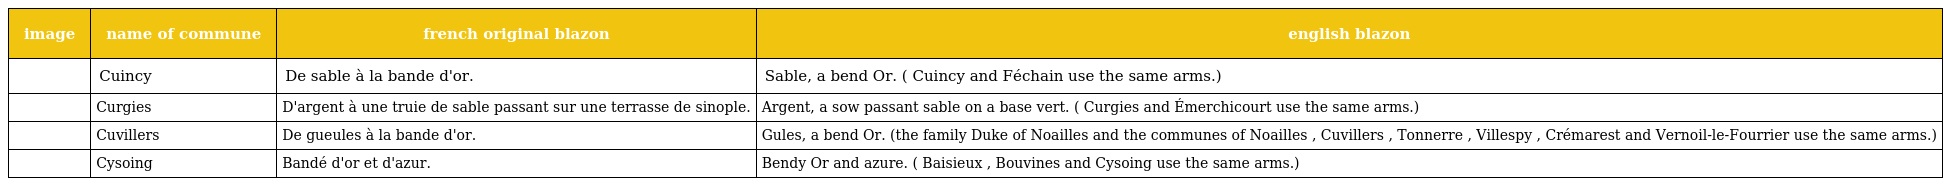
| image | name of commune | french original blazon | english blazon |
 | --- | --- | --- | --- |
 |  | Cuincy | De sable à la bande d'or. | Sable, a bend Or. ( Cuincy and Féchain use the same arms.) |
 |  | Curgies | D'argent à une truie de sable passant sur une terrasse de sinople. | Argent, a sow passant sable on a base vert. ( Curgies and Émerchicourt use the same arms.) |
 |  | Cuvillers | De gueules à la bande d'or. | Gules, a bend Or. (the family Duke of Noailles and the communes of Noailles , Cuvillers , Tonnerre , Villespy , Crémarest and Vernoil-le-Fourrier use the same arms.) |
 |  | Cysoing | Bandé d'or et d'azur. | Bendy Or and azure. ( Baisieux , Bouvines and Cysoing use the same arms.) |